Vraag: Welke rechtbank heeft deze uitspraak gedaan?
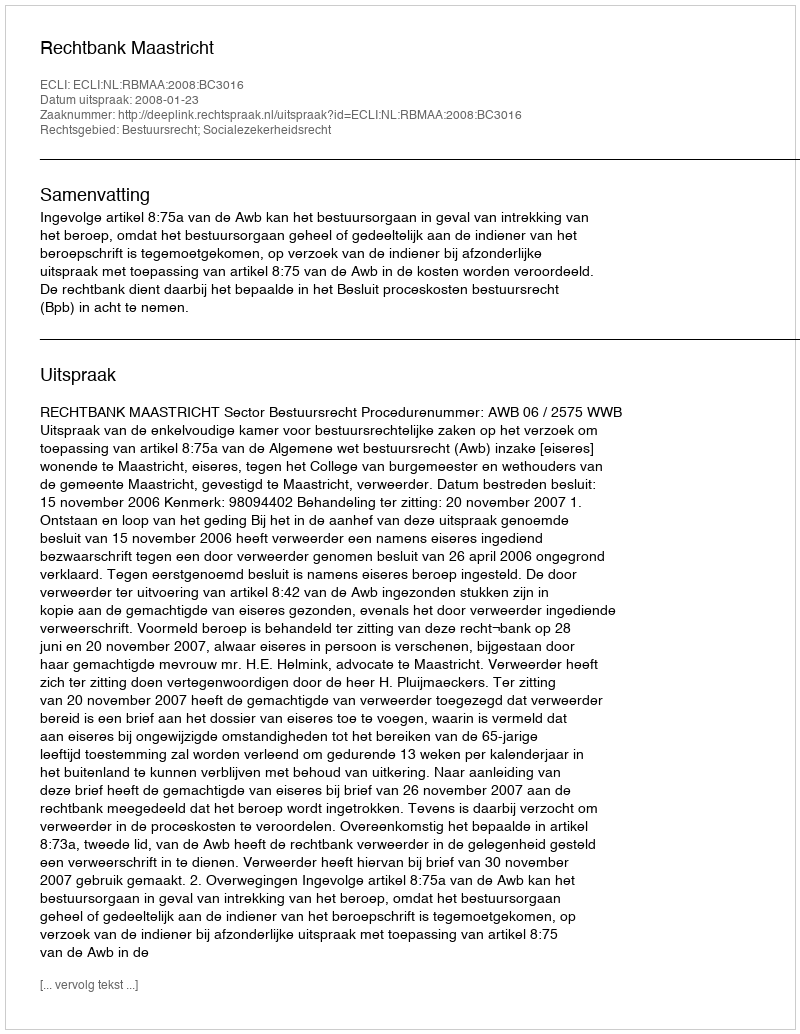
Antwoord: Rechtbank Maastricht